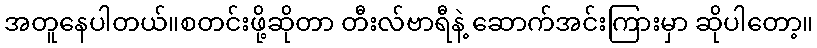
အတူနေပါတယ်။စတင်းဖို့ဆိုတာ တီးလ်ဗာရီနဲ့ ဆောက်အင်းကြားမှာ ဆိုပါတော့။